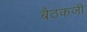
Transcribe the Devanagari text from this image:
बैठकजी